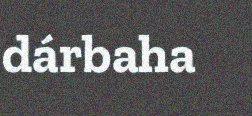
dárbaha